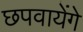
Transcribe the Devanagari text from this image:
छपवायेंगे